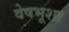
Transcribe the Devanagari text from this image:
वेषभूशा